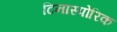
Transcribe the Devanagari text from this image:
टिनास्पोरिक